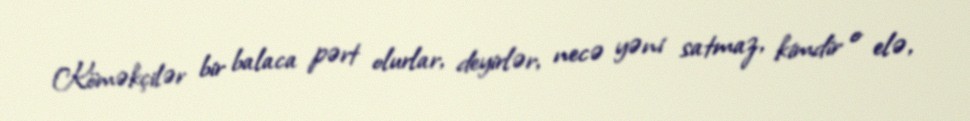
Köməkçilər bir balaca pərt olurlar, deyirlər, necə yəni satmaz, kimdir o elə,